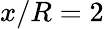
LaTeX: x/R=2